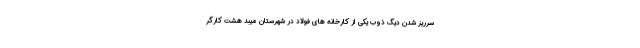
سرریز شدن دیگ ذوب یکی از کارخانه های فولاد در شهرستان میبد هشت کارگر